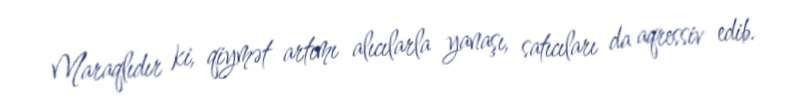
Maraqlıdır ki, qiymət artımı alıcılarla yanaşı, satıcıları da aqressiv edib.